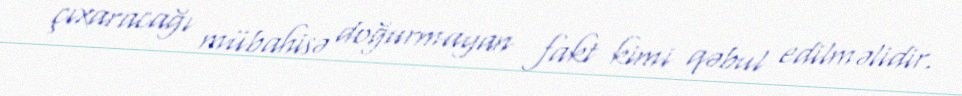
çıxaracağı mübahisə doğurmayan fakt kimi qəbul edilməlidir.